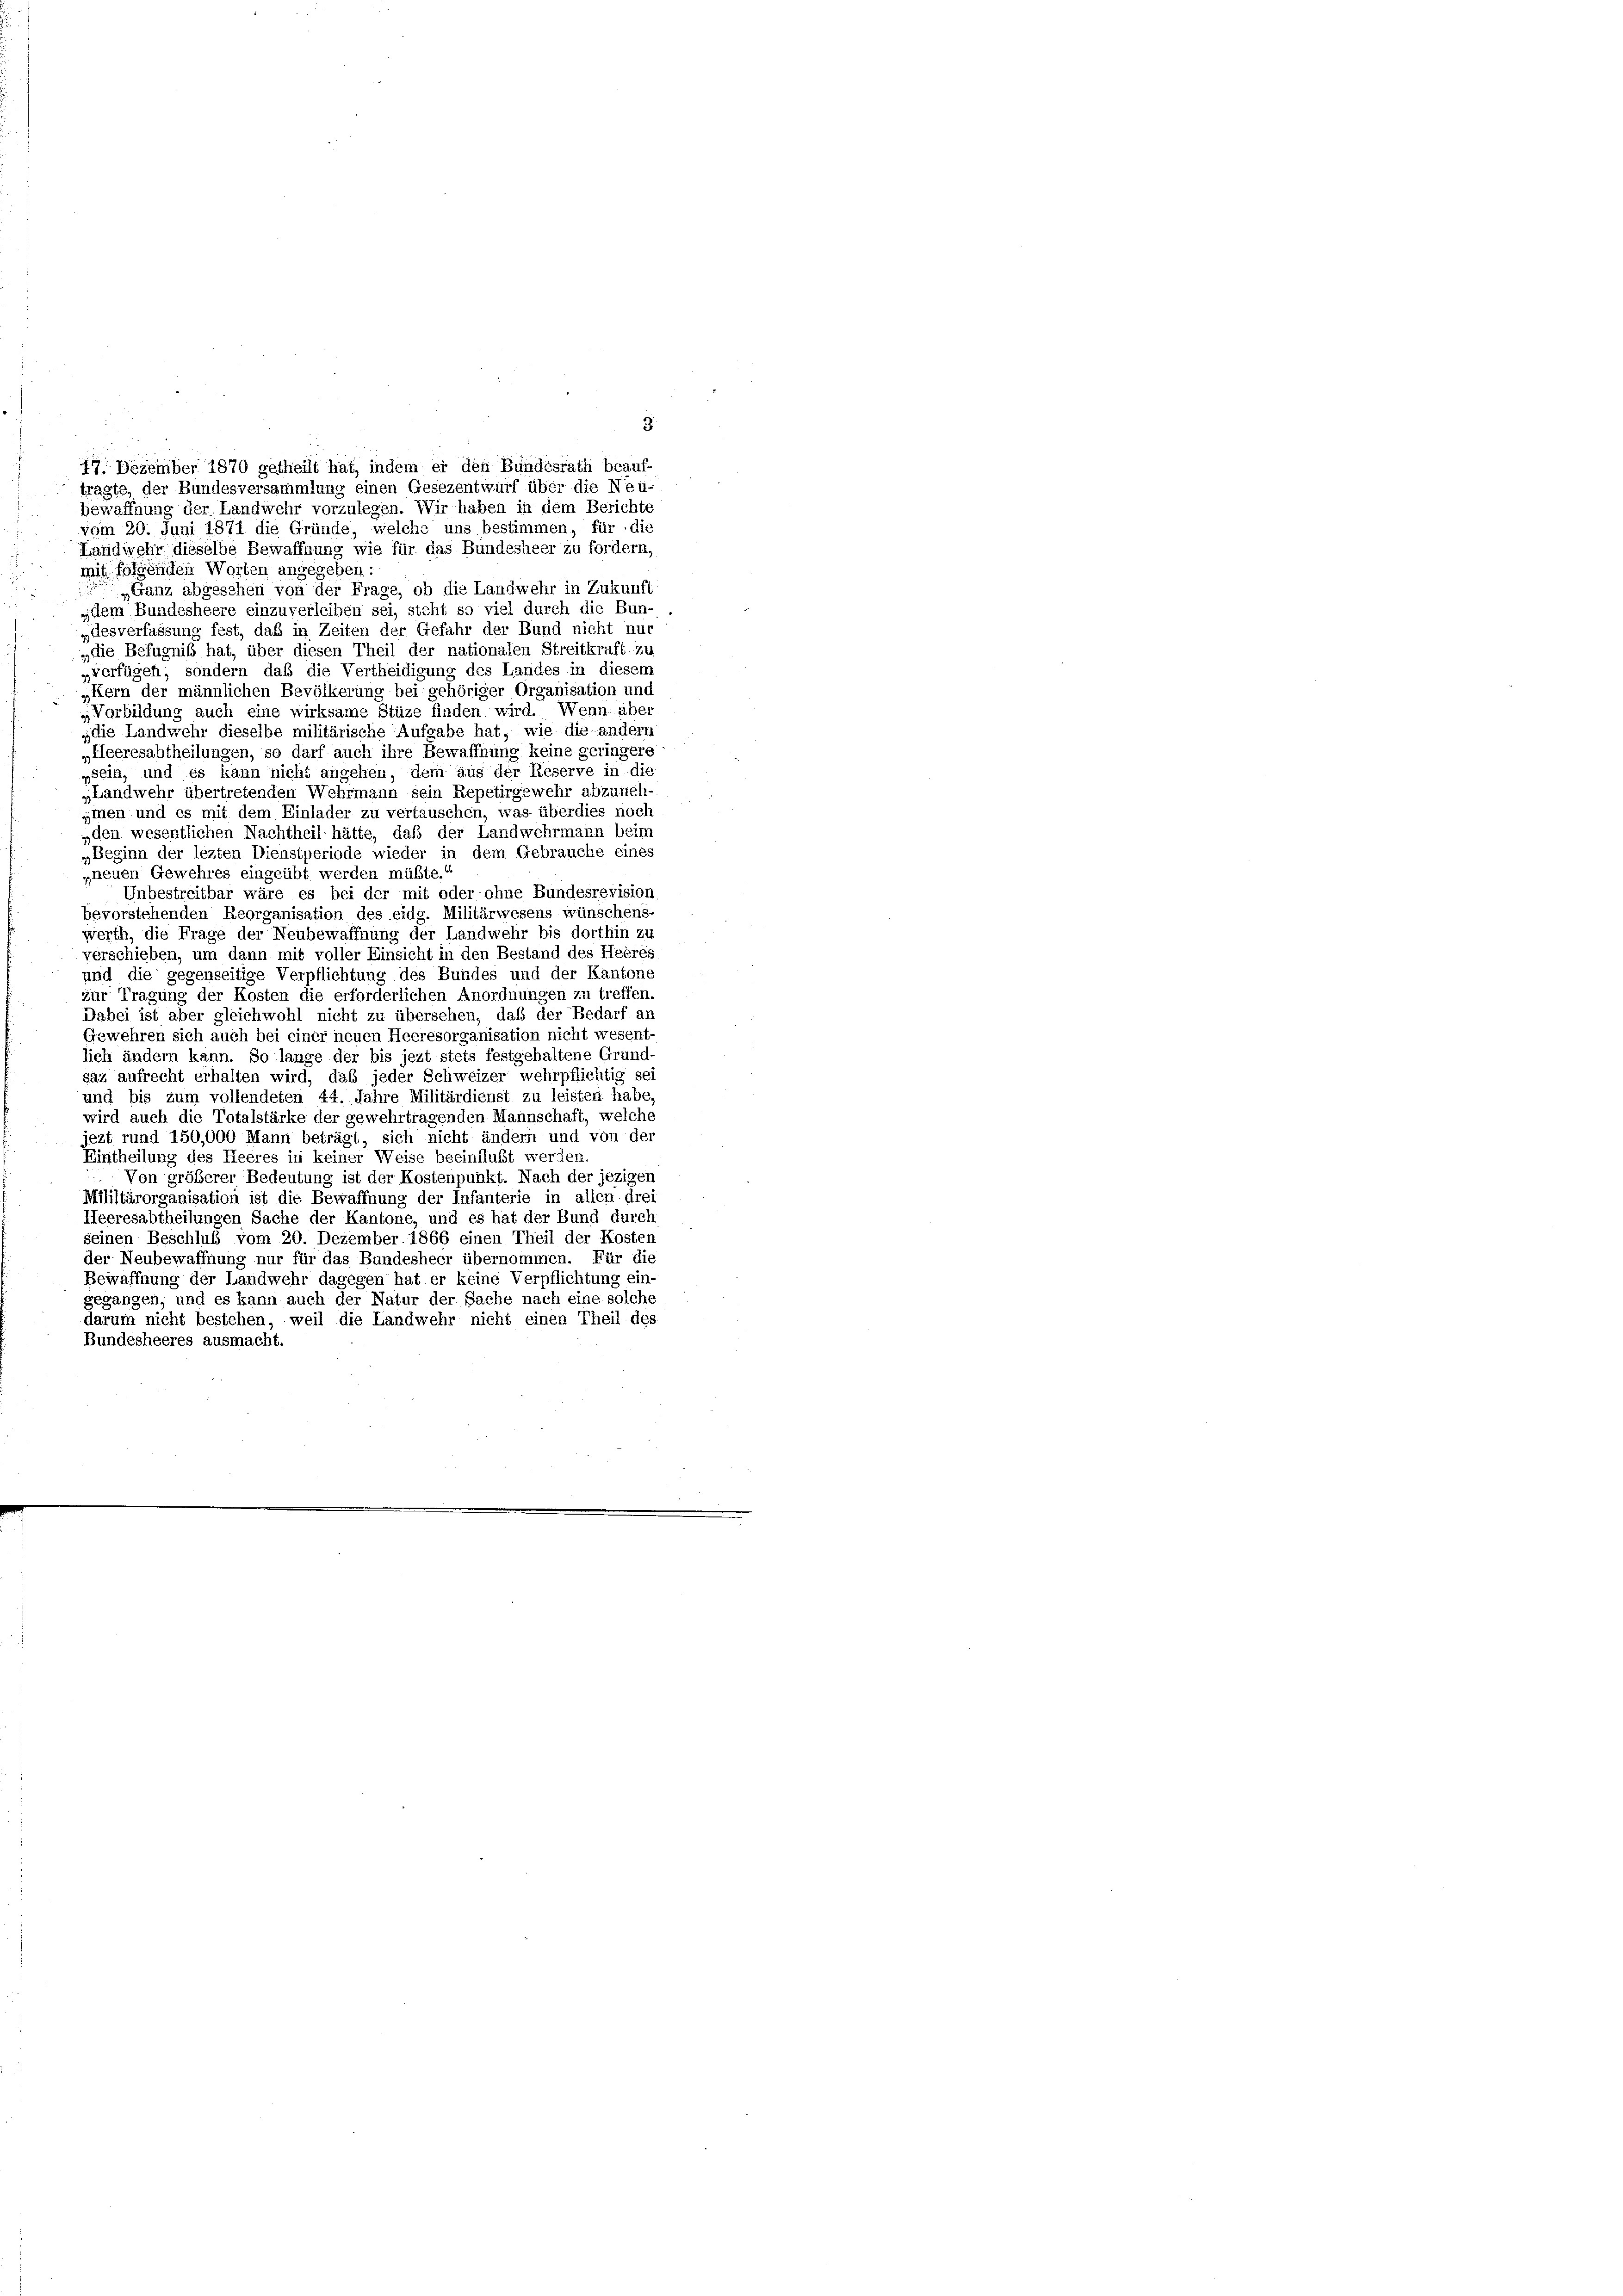
17. Dezember 1870 getheilt hat, indem er den Bundesrath beauf-
tragte, der Bundesversammlung einen Gesezentwurf über die Neu-
bewaffnung der Landwehr vorzulegen. Wir haben in dem Berichte
vom 20. Juni 1871 die Gründe, welche uns bestimmen, für die
Landwehr dieselbe Bewaffnung wie für das Bundesheer zu fordern,
mit folgenden Worten angegeben:
„Ganz abgeschen von der Frage, ob die Landwehr in Zukunft
„dem Bundesheere einzuverleiben sei, steht so viel durch die Bun-
„desverfassung fest, daß in Zeiten der Gefahr der Bund nicht nur
„die Befugniß hat, über diesen Theil der nationalen Streitkraft zu
„verfügen, sondern daß die Vertheidigung des Landes in diesem
„Kern der männlichen Bevölkerung bei gehöriger Organisation und
„Vorbildung auch eine wirksame Stüze finden wird. Wenn aber
„die Landwehr dieselbe militärische Aufgabe hat, wie die andern
„Heeresabtheilungen, so darf auch ihre Bewaffnung keine geringere
sein, und es kann nicht angehen, dem aus der Reserve in die
„Landwehr übertretenden Wehrmann sein Repetirgewehr abzuneh-
»men und es mit dem Einlader zu vertauschen, was überdies noch
„den wesentlichen Nachtheil hätte, daß der Landwehrmann beim
„Beginn der lezten Dienstperiode wieder in dem Gebrauche eines
„neuen Gewehres eingeübt werden müßte.“
Unbestreitbar wäre es bei der mit oder ohne Bundesrevision
bevorstehenden Reorganisation des eidg. Militärwesens wünschens
werth, die Frage der Neubewaffnung der Landwehr bis dorthin zu
verschieben, um dann mit voller Einsicht in den Bestand des Herres
und die gegenseitige Verpflichtung des Bundes und der Kantone
zur Tragung der Kosten die erforderlichen Anordnungen zu treffen.
Dabei ist aber gleichwohl nicht zu übersehen, daß der Bedarf an
Gewehren sich auch bei einer neuen Heeresorganisation nicht wesent-
lich ändern kann. So lange der bis jezt stets festgehaltene Grund-
saz aufrecht erhalten wird, daß jeder Schweizer wehrpflichtig sei
und bis zum vollendeten 44. Jahre Militärdienst zu leisten habe,
wird auch die Totalstärke der gewehrtragenden Mannschaft, welche
jezt rund 150,000 Mann beträgt, sich nicht ändern und von der
Eintheilung des Heeres in keiner Weise beeinflubt werden.
Von größerer Bedeutung ist der Kostenpunkt. Nach der jezigen
Militärorganisation ist die Bewaffnung der Infanterie in allen drei
Heeresabtheilungen Sache der Kantone, und es hat der Bund durch
seinen Beschluß vom 20. Dezember 1866 einen Theil der Kosten
der Neubewaffnung nur für das Bundesheer übernommen. Für die
Bewaffnung der Landwehr dagegen hat er keine Verpflichtung ein-
gegangen, und es kann auch der Natur der Sache nach eine solche
darum nicht bestehen, weil die Landwehr nicht einen Theil des
Bundesheeres ausmacht.

3.